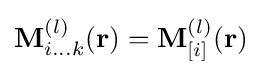
\mathbf {M} _{i...k}^{(l)}(\mathbf {r} )=\mathbf {M} _{[i]}^{(l)}(\mathbf {r} )